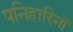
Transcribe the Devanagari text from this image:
पनिहारिनों